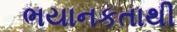
ભયાનકતાથી